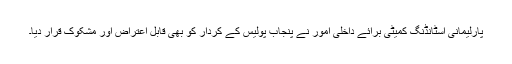
پارلیمانی اسٹانڈنگ کمیٹی برائے داخلی اُمور نے پنجاب پولیس کے کردار کو بھی قابل اعتراض اور مشکوک قرار دیا۔